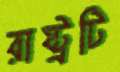
রাষ্ট্রটি